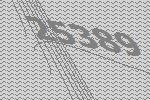
25389